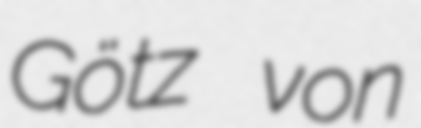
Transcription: Götz von